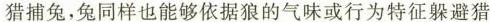
猎捕兔，兔同样也能够依据狼的气味或行为特征躲避猎